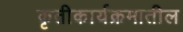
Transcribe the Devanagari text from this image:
कृतीकार्यक्रमातील